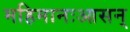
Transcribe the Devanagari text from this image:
महिमानःआसन्